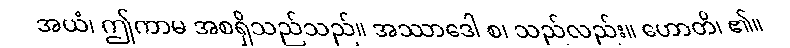
အယံ၊ ဤကာမ အစရှိသည်သည်။ အဿာဒေါ စ၊ သည်လည်း။ ဟောတိ၊ ၏။